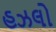
હઝલો